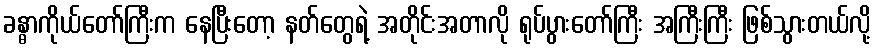
ခန္ဓာကိုယ်တော်ကြီးက နေပြီးတော့ နတ်တွေရဲ့ အတိုင်းအတာလို ရုပ်ပွားတော်ကြီး အကြီးကြီး ဖြစ်သွားတယ်လို့